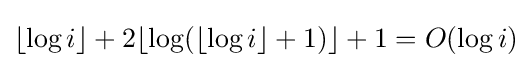
\lfloor \log i\rfloor +2\lfloor \log(\lfloor \log i\rfloor +1)\rfloor +1=O(\log i)